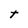
Character: t